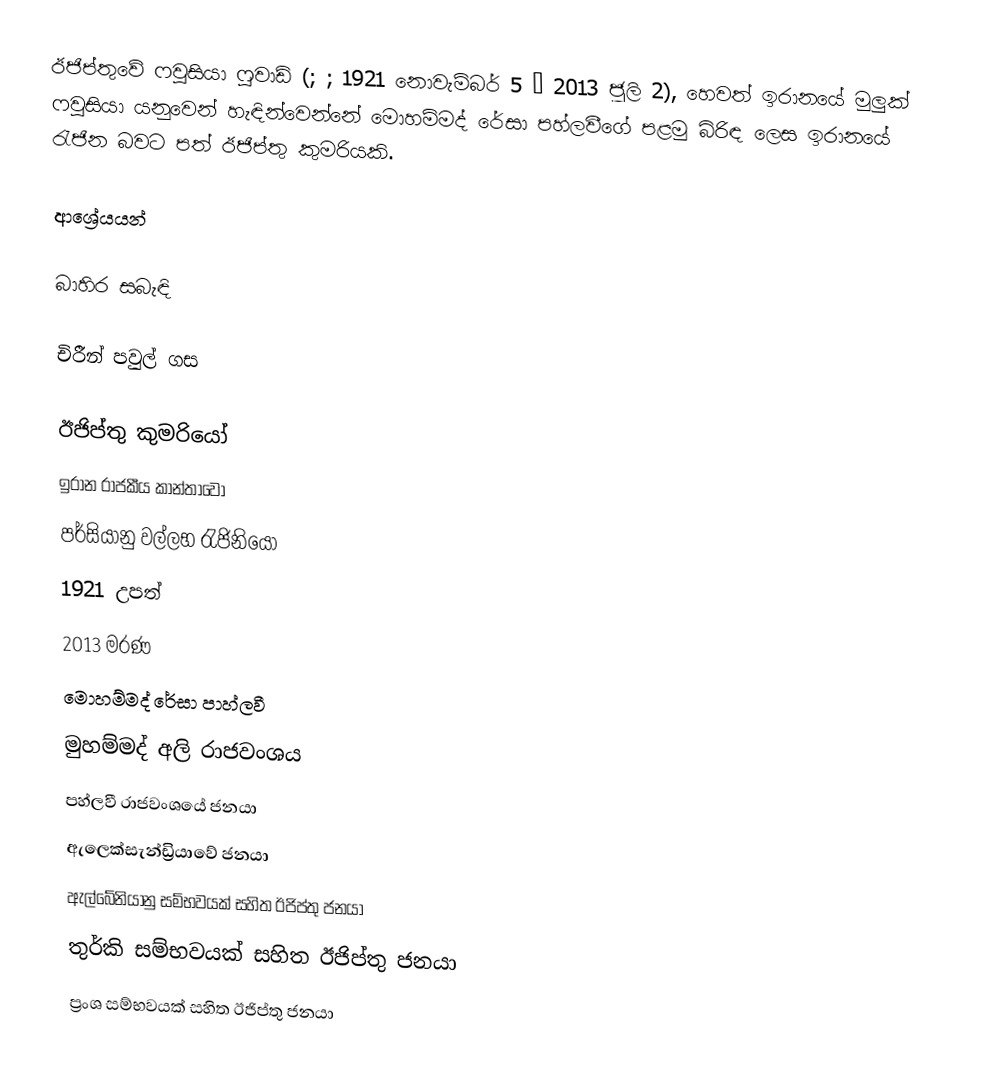
ඊජිප්තුවේ ෆවුසියා ෆුවාඩ් (; ; 1921 නොවැම්බර් 5 – 2013 ජූලි 2), හෙවත් ඉරානයේ මුලුක් ෆවුසියා යනුවෙන් හැඳින්වෙන්නේ මොහම්මද් රේසා පහ්ලවීගේ පළමු බිරිඳ ලෙස ඉරානයේ රැජින බවට පත් ඊජිප්තු කුමරියකි.

ආශ්‍රේයයන්

බාහිර සබැඳි

චිරීන් පවුල් ගස

ඊජිප්තු කුමරියෝ
ඉරාන රාජකීය කාන්තාවෝ
පර්සියානු වල්ලභ රැජිනියෝ
1921 උපත්
2013 මරණ
මොහම්මද් රේසා පාහ්ලවී
මුහම්මද් අලි රාජවංශය
පහ්ලවී රාජවංශයේ ජනයා
ඇලෙක්සැන්ඩ්‍රියාවේ ජනයා
ඇල්බේනියානු සම්භවයක් සහිත ඊජිප්තු ජනයා
තුර්කි සම්භවයක් සහිත ඊජිප්තු ජනයා
ප්‍රංශ සම්භවයක් සහිත ඊජිප්තු ජනයා